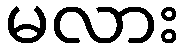
မလား